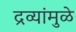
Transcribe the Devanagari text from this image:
द्रव्यांमुळे